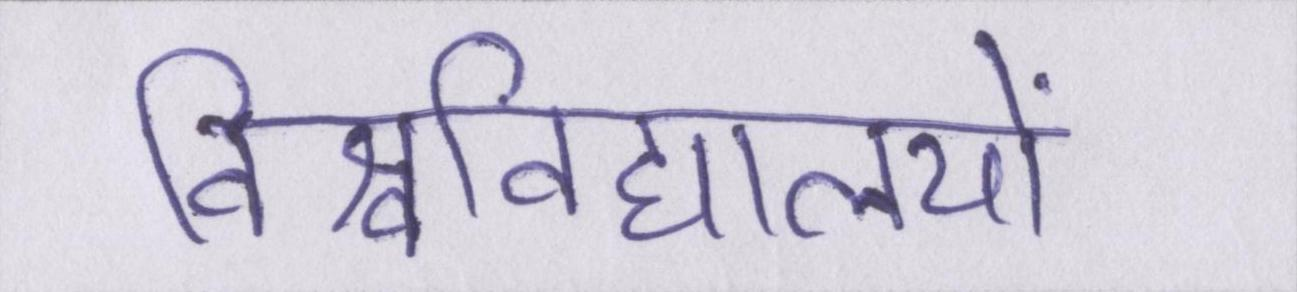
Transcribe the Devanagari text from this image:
विश्वविद्यालयों